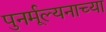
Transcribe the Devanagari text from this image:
पुनर्मूल्यनाच्या